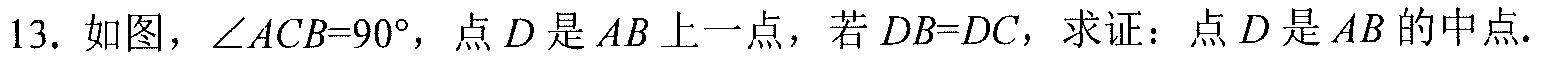
13. 如图，\(\angle ACB = 90^{\circ}\)，点\(D\)是\(AB\)上一点，若\(DB = DC\)，求证：点\(D\)是\(AB\)的中点.